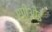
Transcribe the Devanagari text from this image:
एपीओई